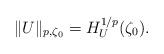
LaTeX: \begin{align*}\|U\|_ {p,\zeta_0} = H_U ^{1/p} (\zeta_0).\end{align*}